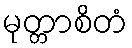
မုတ္တာစိတံ